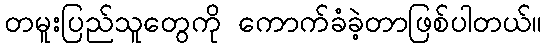
တမူးပြည်သူတွေကို ကောက်ခံခဲ့တာဖြစ်ပါတယ်။